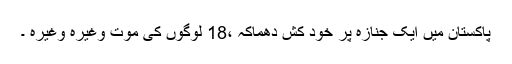
پاکستان میں ایک جنازہ پر خود کش دھماکہ ،18 لوگوں کی موت وغیرہ وغیرہ ۔